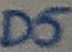
Text: D5